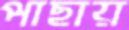
পাছায়